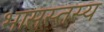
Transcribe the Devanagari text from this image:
भासस्तस्य